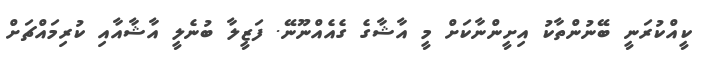
ކީއްކުރަނީ ބޭނުންތާކު އިށީންނާކަށް މީ އާޝާގެ ގެއެއްނޫނޭ. ފަޒީލާ ބުނެލީ އާޝާއާއި ކުރިމައްޗަށް